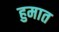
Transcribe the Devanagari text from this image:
हुमात